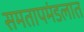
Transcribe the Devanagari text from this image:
समतापमंडलात